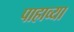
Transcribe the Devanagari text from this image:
पाहाव्या